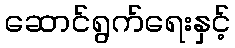
ဆောင်ရွက်ရေးနှင့်